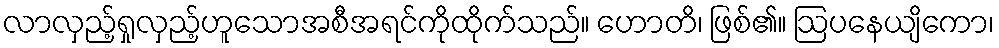
လာလှည့်ရှုလှည့်ဟူသောအစီအရင်ကိုထိုက်သည်။ ဟောတိ၊ ဖြစ်၏။ ဩပနေယျိကော၊